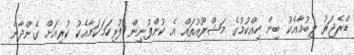
ޑްރެޖަރު ލިބުމާއެކު ބިން ހިއްކުމުގެ މަޝްރޫއުތައް އެ ކުންފުނިން ފުރިހަމަކަމާއެކު ކުރިއަށް ގެންދާނެ